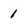
Character: 1